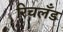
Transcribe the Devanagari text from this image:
रिचलँड